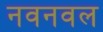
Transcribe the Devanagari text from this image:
नवनवल